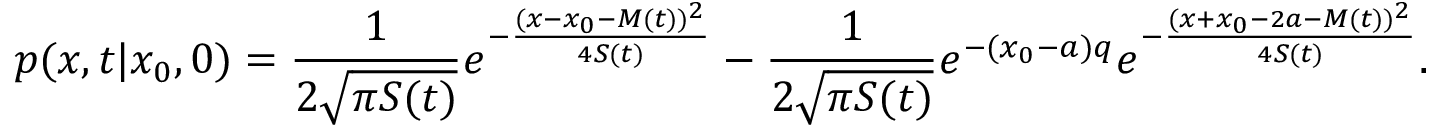
p ( x , t | x _ { 0 } , 0 ) = \frac { 1 } { 2 \sqrt { \pi S ( t ) } } e ^ { - \frac { ( x - x _ { 0 } - M ( t ) ) ^ { 2 } } { 4 S ( t ) } } - \frac { 1 } { 2 \sqrt { \pi S ( t ) } } e ^ { - ( x _ { 0 } - a ) q } e ^ { - \frac { ( x + x _ { 0 } - 2 a - M ( t ) ) ^ { 2 } } { 4 S ( t ) } } .